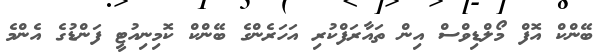
ބޭންކް އޮފް މޯލްޑިވްސް އިން ތައާރަފްކުރި އަހަރެންގެ ބޭންކް ކޮމިނިއުޓީ ފަންޑުގެ އެންމެ